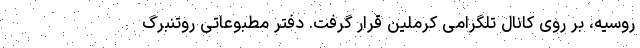
روسیه، بر روی کانال تلگرامی کرملین قرار گرفت. دفتر مطبوعاتی روتنبرگ